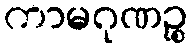
ကာမဂုဏဉ္စ